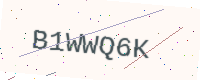
Text: B1WWQ6K